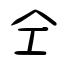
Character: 仝